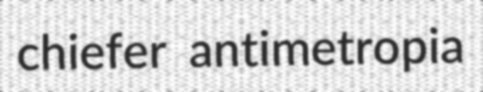
chiefer antimetropia